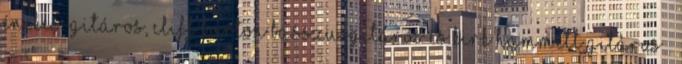
énekes-gitáros, Cliff Burton basszusgitáros és Kirk Hammett gitáros –